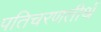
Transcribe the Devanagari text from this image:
पतिचरणतीर्थ